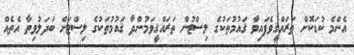
އެންމެ ކުޑަކޮށް ތަރައްޤީވެފައިވާ ޤައުމުތަކުގެ ލިސްޓުން ތަރައްޤީވަމުންދާ ޤައުމުތަކުގެ ލިސްޓަށް ބަދަލުވިތާ އެތެއް